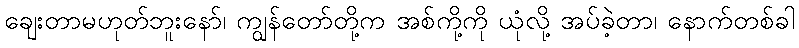
ချေးတာမဟုတ်ဘူးနော်၊ ကျွန်တော်တို့က အစ်ကို့ကို ယုံလို့ အပ်ခဲ့တာ၊ နောက်တစ်ခါ